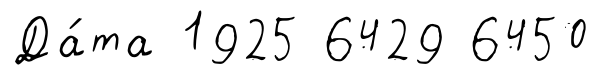
Да́та 1925 6429 6450